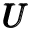
\pmb { U }